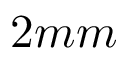
2 m m